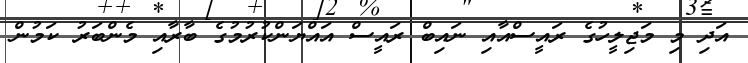
އަދި މި މަޖިލީހުގެ ރައީސްއާއި ނައިބް ރައީސް އައްޔަންކުރުމުގެ ބާރާއި މެންބަރު ކަމުން